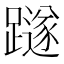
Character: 𨆏